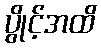
ပွိုင့်အထိ